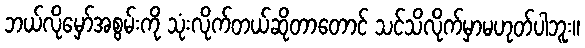
ဘယ်လိုမှော်အစွမ်းကို သုံးလိုက်တယ်ဆိုတာတောင် သင်သိလိုက်မှာမဟုတ်ပါဘူး။